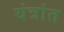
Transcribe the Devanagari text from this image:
यंत्रांत